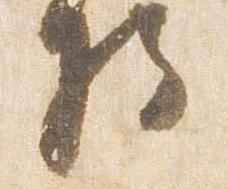
将